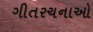
ગીતરચનાઓ